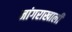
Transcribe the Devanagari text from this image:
नांगराखाली